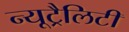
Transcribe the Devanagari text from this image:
न्यूट्रैलिटी